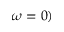
\omega = 0 )